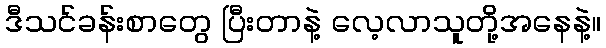
ဒီသင်ခန်းစာတွေ ပြီးတာနဲ့ လေ့လာသူတို့အနေနဲ့။